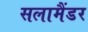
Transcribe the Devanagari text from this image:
सलामैंडर